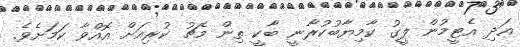
އަދި އެޓީމުން ލީގު ކާމިޔާބުކުރާނީ ބާކީ ތިން މެޗު ކުރިއަށް އޮއްވާ ކަމަށެވެ.